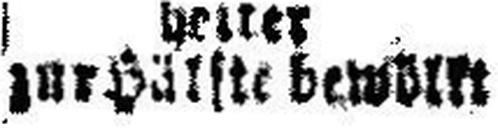
zur Hälfte bewölk